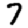
Digit: 7